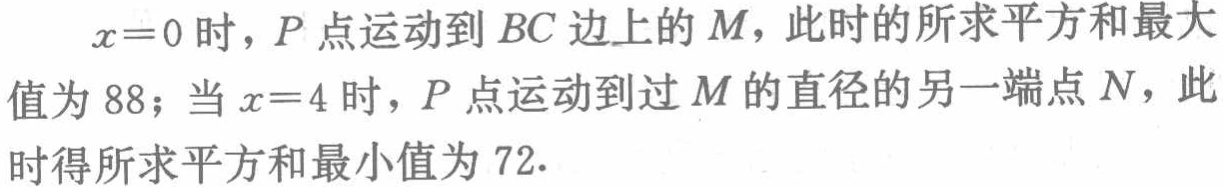
$x = 0$时，$P$点运动到$BC$边上的$M$，此时的所求平方和最大值为$88$；当$x = 4$时，$P$点运动到过$M$的直径的另一端点$N$，此时得所求平方和最小值为$72.$